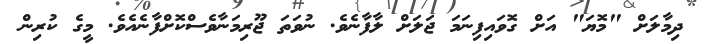
ދިމާލަށް "މޮޔަ" އަށް ގޮވައިފިނަމަ ޖަލަށް ލާފާނެވެ. ނުވަތަ ޖޫރިމަނާވެސްކޮށްފާނެއެވެ. މީގެ ކުރިން